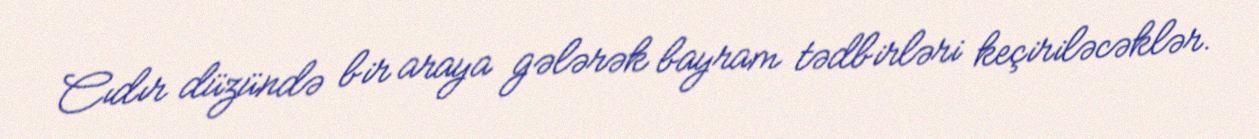
Cıdır düzündə bir araya gələrək bayram tədbirləri keçiriləcəklər.